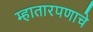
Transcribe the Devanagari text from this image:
म्हातारपणाचे